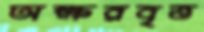
অক্ষরবৃত্ত